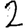
Digit: 2